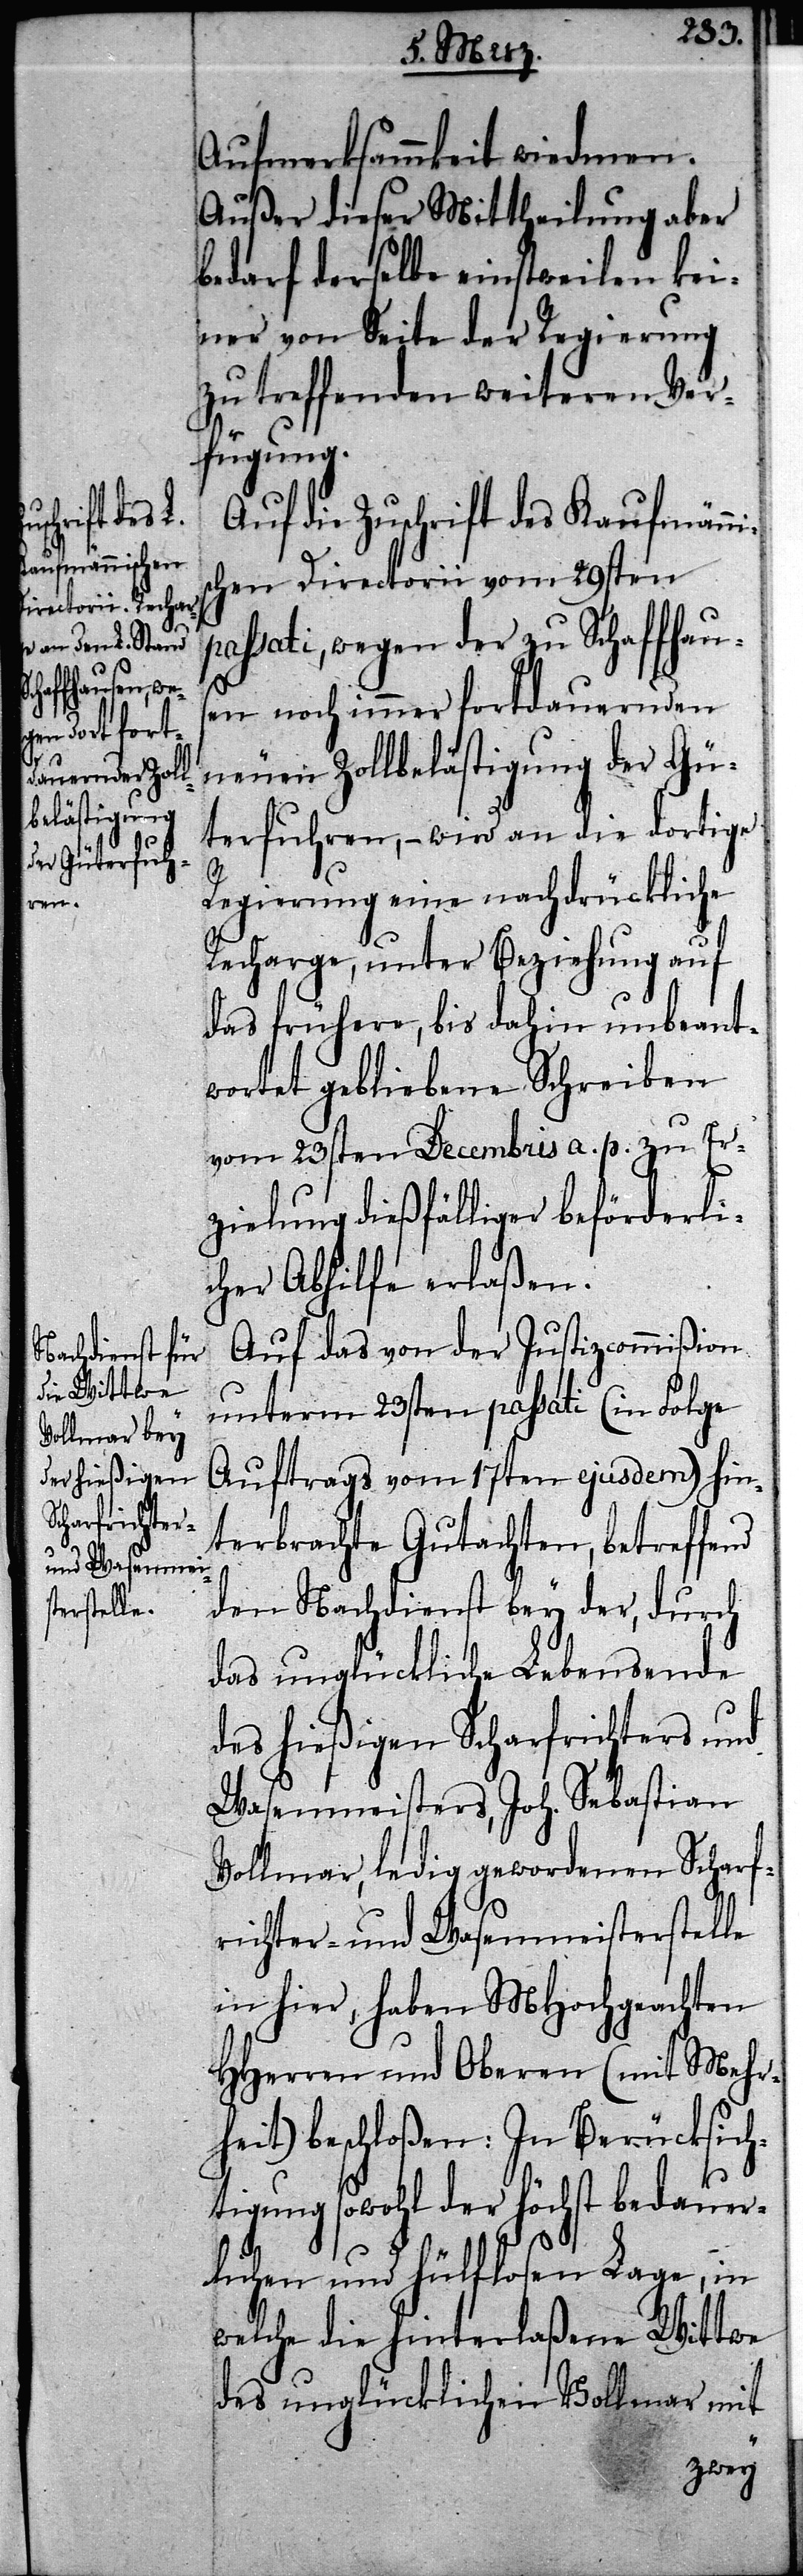
p¬

Aufmerksammkeit wiedmen.
Außer dieser Mittheilung aber
bedarf derselbe einstweilen kei¬
ner von Seite der Regierung
zu treffenden weiteren Ver¬
fügung.
Auf die Zuschrift des Kaufmännis¬
chen Directorii vom 29sten
assati, wegen der zu Schaffhaus¬
en noch immer fortdauernden
neuen Zollbelästigung der Gü¬
terfuhren, – wird an die dortige
Regierung eine nachdrückliche
Recharge, unter Beziehung auf
das frühere, bis dahin unbeant¬
wortet gebliebene Schreiben
vom 23sten Decembris a. p. zu Er¬
zielung dießfälliger beförderli¬
cher Abhilfe erlaßen.
Auf das von der Justizcommißion
unterm 23sten passati (in Folge
Auftrags vom 17ten ejusdem) hin¬
terbrachte Gutachten, betreffend
den Nachdienst bey der, durch
das unglückliche Lebensende
des hießigen Scharfrichters und
Wasenmeisters, Joh. Sebastian
Vollmar, ledig gewordenen Scharf¬
richter- und Wasenmeisterstelle
in hier, haben MHochgeachten
HHerren und Oberen (mit Mehr¬
heit) beschloßen: In Berücksich¬
tigung sowohl der höchst bedauer¬
lichen und hülflosen Lage, in
welche die hinterlaßene Wittwe
des unglücklichen Vollmar mit